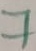
Text: 7